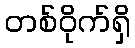
တစ်ဝိုက်ရှိ